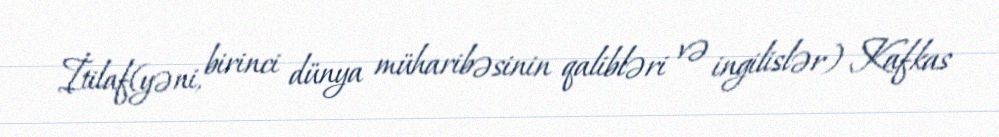
İtilaf(yəni, birinci dünya müharibəsinin qalibləri və ingilislər) Kafkas